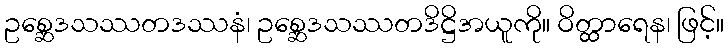
ဥစ္ဆေဒသဿတဒဿနံ၊ ဥစ္ဆေဒသဿတဒိဋ္ဌိအယူကို။ ဝိတ္ထာရေန၊ ဖြင့်။